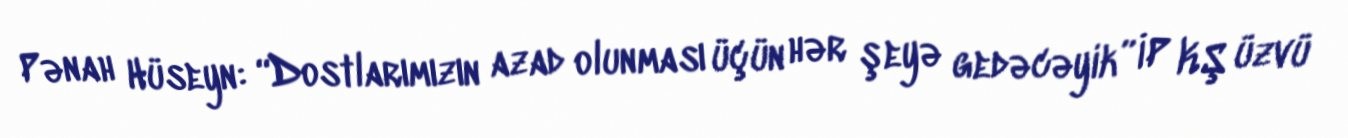
Pənah Hüseyn: “Dostlarımızın azad olunması üçün hər şeyə gedəcəyik” İP KŞ üzvü